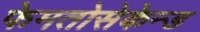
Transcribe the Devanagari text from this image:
फेमतोसेकेन्‍ड